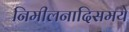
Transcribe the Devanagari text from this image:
निमीलनादिसमये